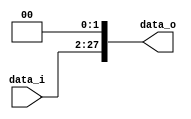
module shiftLeft2_26
(
    data_i, 
    data_o
);

// Interface
input   [25:0]      data_i;
output reg  [27:0]      data_o;


always@ (*) 
begin
	  data_o <= ({{2{data_i[25]}}, data_i} << 2);  
end
endmodule